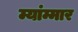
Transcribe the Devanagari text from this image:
म्यांम्मार